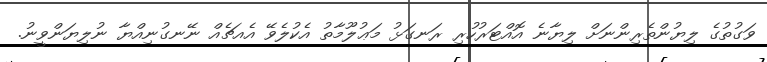
ވަގުތުގެ ލިޔުންތެރިންނަށް ލިޔާނެ އޮއްޓަރުހުރި ރަނގަޅު މަޢުލޫމާތު އެކުލެވޭ އެއޗެއް ނޭނގުނިއްޔާ ނުލިޔަންވީނު.